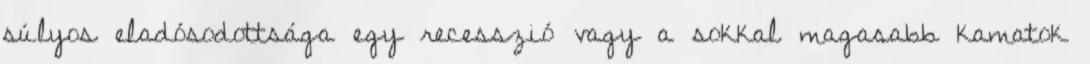
súlyos eladósodottsága egy recesszió vagy a sokkal magasabb kamatok